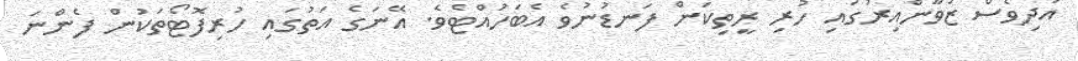
އަދިވެސް ޒުވާންއިރުގައި ހުރި ރީތިކަން ފަނޑުނުވެ އެބަހުއްޓެވެ. އޭނަގެ އަތުގައި ހުރިފޮޓޯތަކުން ފެންނަ